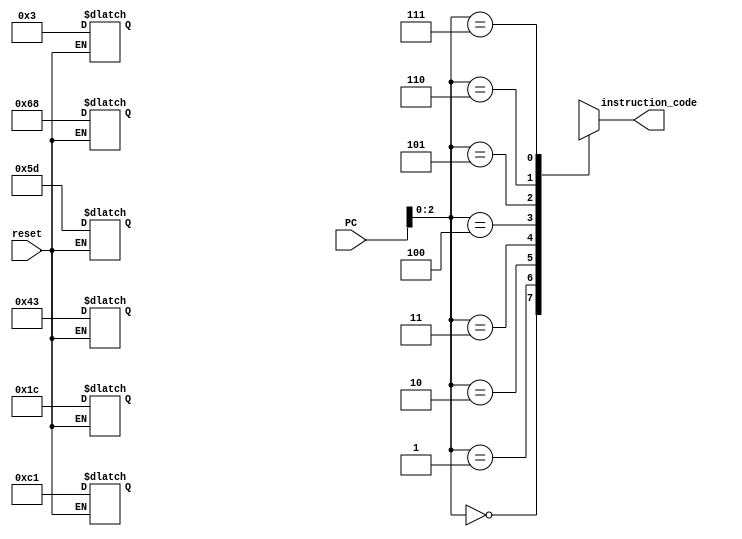
module instruction_memory (
	input [7:0] PC,
	input reset,
	output [7:0] instruction_code
);

reg [7:0]mem[7:0];

assign instruction_code = mem[PC];

always @(reset) begin 
	if(!reset) begin 
		mem[0] = 8'b00_000_011;
		mem[1] = 8'b01_101_000;
		mem[2] = 8'b01_011_101;
		mem[3] = 8'b11_000001;
		mem[4] = 8'b00_011_100;
		mem[5] = 8'b01_000_011;
    end
end

endmodule